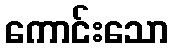
ကောင်းသော